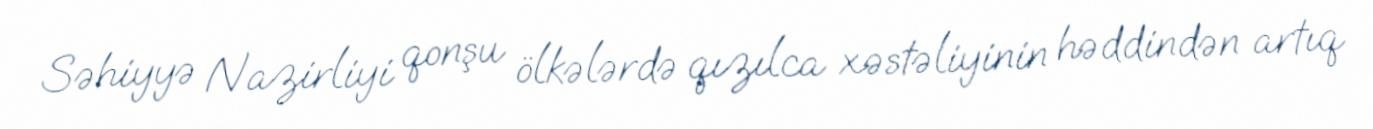
Səhiyyə Nazirliyi qonşu ölkələrdə qızılca xəstəliyinin həddindən artıq